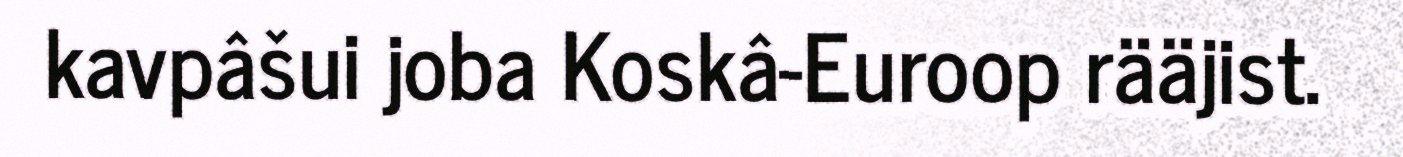
kavpâšui joba Koskâ-Euroop rääjist.